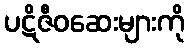
ပဋိဇီဝဆေးများကို